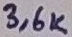
Text: 3,6K